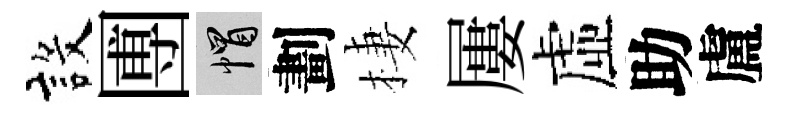
設圑帽劃棲屢虛助盧